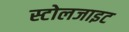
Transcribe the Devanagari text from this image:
स्टोलजाइट